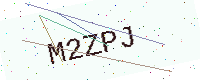
Text: M2ZPJ